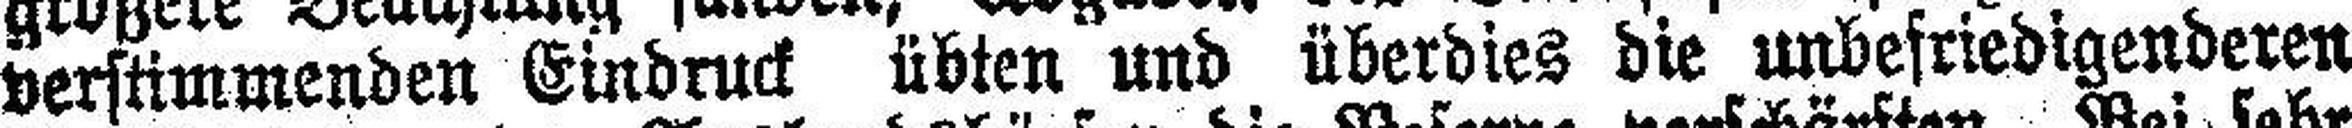
verstimmenden Eindruck übten und überdies die unbesriedigenderen